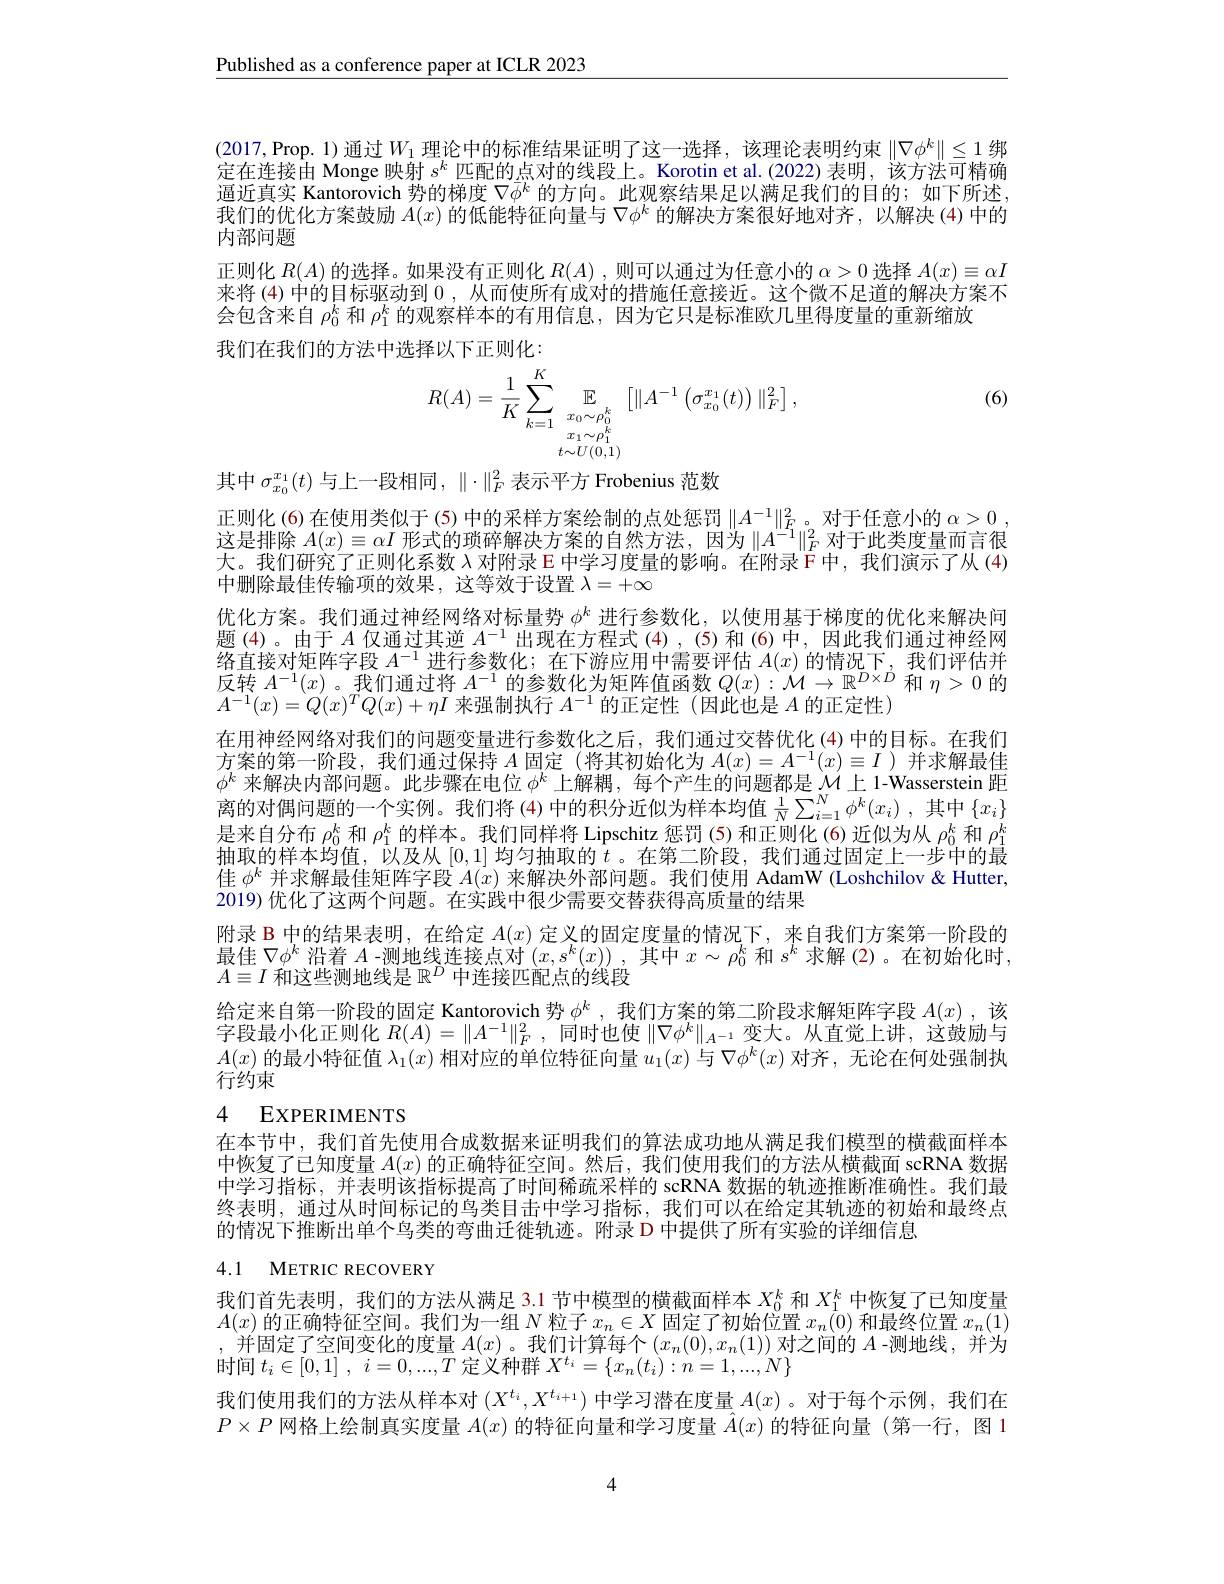
$\underline{\text{Published as a conference paper at ICLR 2023}}$

我们的优化方案鼓励$A(x)$的低能特征向量与$\nabla\phi^k$的解决方案很好地对齐，以解决 (4)中的
内部问题

(2017,Prop. 1)通过$W_1$理论中的标准结果证明了这一选择，该理论表明约束$\|\nabla\phi^k\|\leq1$绑定在连接由 Monge 映射$s^k$匹配的点对的线段上。Korotin et al.(2022)表明，该方法可精确逼近真实 Kantorovich 势的梯度$\nabla\bar{\phi}^k$的方向。此观察结果足以满足我们的目的；如下所述， 正则化$R(A)$的选择。如果没有正则化$R(A)$ ,则可以通过为任意小的$\alpha>0$选择$A(x)\equiv\alpha I$ 来将 (4) 中的目标驱动到0，从而使所有成对的措施任意接近。这个微不足道的解决方案不会包含来自$\rho_0^k$和$\rho_1^k$的观察样本的有用信息，因为它只是标准欧几里得度量的重新缩放
我们在我们的方法中选择以下正则化：

(6)
$$R(A)=\frac{1}{K}\sum_{k=1}^{K}\mathbb{E}_{\begin{array}{c}x_{0}\sim\rho_{0}^{k}\\x_{1}\sim\rho_{1}^{k}\\t\sim U(0,1)\end{array}}\left[\|A^{-1}\left(\sigma_{x_{0}}^{x_{1}}(t)\right)\|_{F}^{2}\right],$$
其中$\sigma_{x_0}^{x_1}(t)$与上一段相同，$\|\cdot\|_F^2$表示平方 Frobenius 范数
正则化 (6) 在使用类似于 (5) 中的采样方案绘制的点处惩罚$\|A^{-1}\|_F^2$。对于任意小的$\alpha>0$ 这是排除$A(x)\equiv\alpha I$形式的琐碎解决方案的自然方法，因为$\|A^{-1}\|_F^2$对于此类度量而言很大。我们研究了正则化系数$\lambda$对附录 E 中学习度量的影响。在附录$\bar{\mathcal{F}}$中，我们演示了从(4) 中删除最佳传输项的效果，这等效于设置$\lambda=+\infty$
优化方案。我们通过神经网络对标量势$\phi^k$进行参数化，以使用基于梯度的优化来解决问题(4)。由于$A$仅通过其逆$A^-1$出现在方程式(4),(5)和(6)中，因此我们通过神经网络直接对矩阵字段$A^{-1}$进行参数化；在下游应用中需要评估$A(x)$的情况下，我们评估并$\begin{array}{l}\text{有且设对应中}\text{ 技}^{A}\text{ 也们参数}\text{,位 }^{1}\text{ 的应用下辖变计旧}^{1}(x)\text{ 时间比}^{1}\text{ 3 0 的}\\\text{反转 }A^{-1}(x)\text{。我们通过将 }A^{-1}\text{ 的参数化为矩阵值函数 }Q(x):\mathcal{M}\to\mathbb{R}^{D\times D}\text{ 和 }\eta>0\text{ 的}\\A^{-1}(x)=Q(x)^TQ(x)+\eta I\text{ 来强制执行 }A^{-1}\text{ 的正定性 }(\text{因此也是 }A\text{ 的正定性 })\end{array}$ 在用神经网络对我们的问题变量进行参数化之后，我们通过交替优化(4)中的目标。在我们方案的第一阶段，我们通过保持$A$固定 (将其初始化为$A(x)=A^-1(x)\equiv I$ )并求解最佳$\phi^k$来解决内部问题。此步骤在电位$\phi^k$上解耦，每个产生的问题都是$\mathcal{M}$上 1-Wasserstein 距离的对偶问题的一个实例。我们将 (4)中的积分近似为样本均值 $\frac 1N\sum _{i= 1}^N\phi ^k( x_i)$ , 其中$\{x_i\}$ 是来自分布$\rho_0^k$和$\rho_1^k$的样本。我们同样将 Lipschitz 惩罚 (5) 和正则化 (6)近似为从$\rho_0^k$和$\rho_1^k$ 抽取的样本均值，以及从[0,1]均匀抽取的$t$ 。在第二阶段，我们通过固定上一步中的最佳$\phi^k$并求解最佳矩阵字段$A(x)$来解决外部问题。我们使用 AdamW (Loshchilov &Hutter, 2019) 优化了这两个问题。在实践中很少需要交替获得高质量的结果
附录 B 中的结果表明，在给定$A(x)$定义的固定度量的情况下，来自我们方案第一阶段的最佳$\nabla\phi^k$沿着$A$ -测地线连接点对$(x,s^k(x))$,其中$x\sim\rho_0^k$和$s^k$求解 (2)。在初始化时， $A\equiv I$和这些测地线是$\mathbb{R}^D$中连接匹配点的线段
给定来自第一阶段的固定 Kantorovich 势$\phi^k$ ,我们方案的第二阶段求解矩阵字段$A(x)$ ,该字段最小化正则化$R(A)=\|A^-1\|_F^2$ ,同时也使$\|\nabla\phi^k\|_{A^{-1}}$变大。从直觉上讲，这鼓励与$A(x)$的最小特征值$\lambda_1(x)$相对应的单位特征向量$u_1(x)$与$\nabla\phi^k(x)$对齐，无论在何处强制执行约束
4 EXPERIMENTS
在本节中，我们首先使用合成数据来证明我们的算法成功地从满足我们模型的横截面样本

中恢复了已知度量$A(x)$的正确特征空间。然后，我们使用我们的方法从横截面 scRNA 数据中学习指标，并表明该指标提高了时间稀疏采样的 scRNA 数据的轨迹推断准确性。我们最终表明，通过从时间标记的鸟类目击中学习指标，我们可以在给定其轨迹的初始和最终点的情况下推断出单个鸟类的弯曲迁徙轨迹。附录 D 中提供了所有实验的详细信息

# 4.1 METRIC RECOVERY

我们首先表明，我们的方法从满足 3.1 节中模型的横截面样本$X_{0}^k$和$X_1^k$中恢复了已知度量$A(x)$的正确特征空间。我们为一组$N$粒子$x_n\in X$固定了初始位置$x_n(0)$和最终位置$x_n(1)$ $\begin{array}{c},\text{并固定了空间变化的度量 }A(x)\text{。我们计算每个}\left(x_n(0),x_n(1)\right)\text{对之间的 }A\text{ -测地线，并为}\\\text{时间 }t_i\in[0,1]\mathrm{~,~}i=0....T\text{ 定义种群 }X^{t_i}=\{x_n(t_i):n=1,....N\}\end{array}$ 我们使用我们的方法从样本对$(X^{t_i},X^{t_{i+1}})$中学习潜在度量$A(x)$ 。对于每个示例，我们在$P\times P$网格上绘制真实度量$A(x)$的特征向量和学习度量$\vec{A}(x)$的特征向量 (第一行，图 1

4